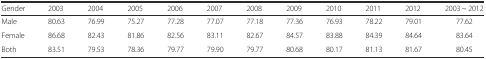
| Gender | 2003 | 2004 | 2005 | 2006 | 2007 | 2008 | 2009 | 2010 | 2011 | 2012 | 2003 ~ 2012 |
 | --- | --- | --- | --- | --- | --- | --- | --- | --- | --- | --- | --- |
 | Male | 80.63 | 76.99 | 75.27 | 77.28 | 77.07 | 77.18 | 77.36 | 76.93 | 78.22 | 79.01 | 77.62 |
 | Female | 86.68 | 82.43 | 81.86 | 82.56 | 83.11 | 82.67 | 84.57 | 83.88 | 84.39 | 84.64 | 83.64 |
 | Both | 83.51 | 79.53 | 78.36 | 79.77 | 79.90 | 79.77 | 80.68 | 80.17 | 81.13 | 81.67 | 80.45 |